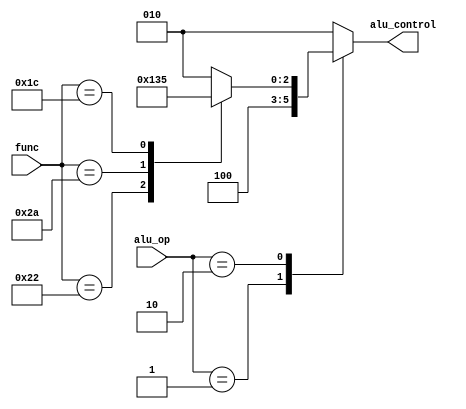
module ALU_decoder(
input [5:0] func,
input [1:0] alu_op,
output reg [2:0] alu_control
);
always@(*)
begin
  case(alu_op)
    2'b00 : alu_control = 3'b010;
    2'b01 : alu_control = 3'b100;
    2'b10 : begin
              case(func)
                6'b10_0000 : alu_control = 3'b010;
                6'b10_0010 : alu_control = 3'b100;
                6'b10_1010 : alu_control = 3'b110;
                6'b01_1100 : alu_control = 3'b101; 
                default : alu_control = 3'b010;             
              endcase    
           end
    default : alu_control = 3'b010;         
  endcase
end
endmodule